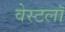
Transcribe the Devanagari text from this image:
वेस्टलॉ